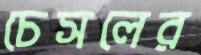
চেসলের